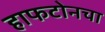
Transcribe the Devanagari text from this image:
हाफटोनचा